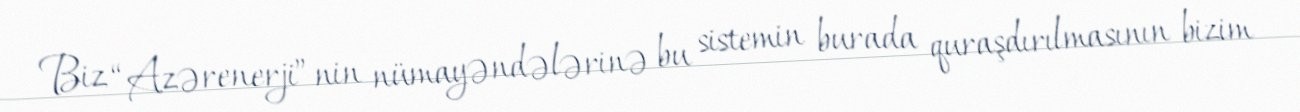
Biz “Azərenerji”nin nümayəndələrinə bu sistemin burada quraşdırılmasının bizim